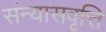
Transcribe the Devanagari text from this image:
संन्यासवृत्ति